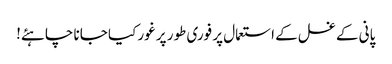
پانی کے غسل کے استعمال پر فوری طور پر غور کیا جانا چاہئے!